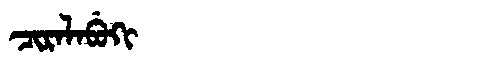
Manchu: ᠴᡳᡵᠠᠯᠠᠪᡠᡴᡳ
Romanization: CIRALABUKI